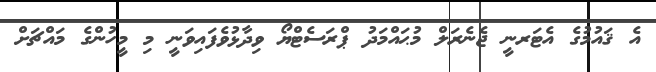
އެ ޤައުމުގެ އެޓަރނީ ޖެނެރަލް މުޙައްމަދު ޕްރަސެޓްޔޯ ވިދާޅުވެފައިވަނީ މި މީހުންގެ މައްޗަށް